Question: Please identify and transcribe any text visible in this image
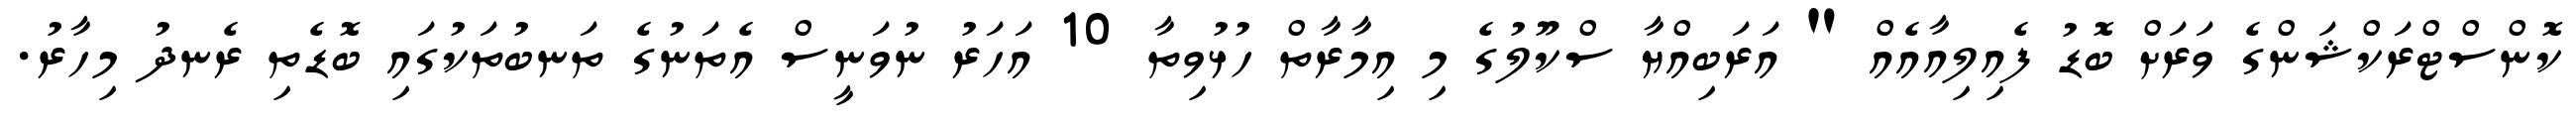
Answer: ކޮންސްޓްރަކްޝަންގެ ވަރަށް ބޮޑު ފެއިލިއާއެއް " އަރަބިއްޔާ ސްކޫލުގެ މި އިމާރާތް ހުޅުވިތާ 10 އަހަރު ނުވަނީސް އެތަނުގެ ތަނބުތަކުގައި ބޮޑެތި ރެނދު މިހާރު.